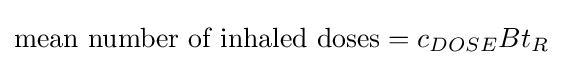
{\mbox{mean number of inhaled doses}}=c_{DOSE}Bt_{R}